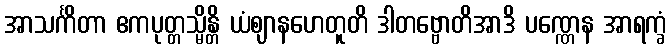
အာသင်္ကိတာ ဧကပုတ္တသ္မိန္တိ ယံဈာနဟေတူတိ ဒါတဗ္ဗောတိအာဒိ ပဏ္ဏေန အာရက္ခံ